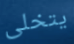
يتخلى